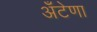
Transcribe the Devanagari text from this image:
अँटेणा